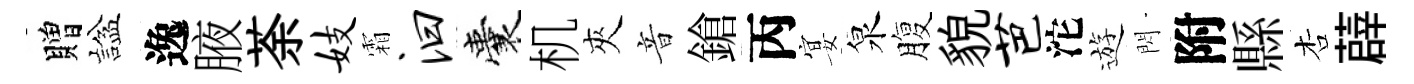
贈諡逸腋荼妓霜汩囊机夾音鎗丙宴泉腹貌芭沱遊閃附縣杏薜